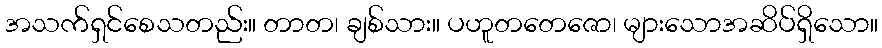
အသက်ရှင်စေသတည်း။ တာတ၊ ချစ်သား။ ပဟူတတေဇော၊ များသောအဆိပ်ရှိသော။